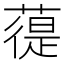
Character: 𦻀